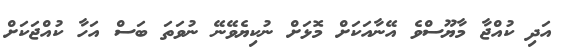
އަދި ކުއްޖާ މާޔޫސްވެ އޭނާއަކަށް މޮޅަށް ނުކިޔެވޭނޭ ނުވަތަ ބަސް އަހާ ކުއްޖަކަށް